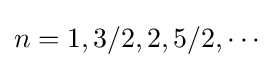
n=1,3/2,2,5/2,\cdots